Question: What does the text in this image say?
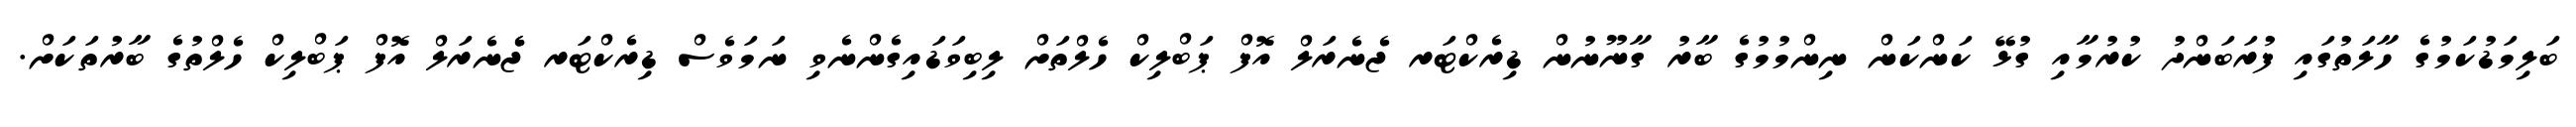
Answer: ބަލިމަޑުކަމުގެ ހާލަތުގައި ފުރަބަންދު ކުރުމާއި ގުޅޭ ކަންކަން ނިންމުމުގެ ބާރު ގާނޫނުން ޑިރެކްޓަރ ޖެނެރަލް އޮފް ޕަބްލިކް ހެލްތަށް ލިބިވަޑައިގެންނެވި ނަމަވެސް ޑިރެކްޓަރ ޖެެނެރަލް އޮފް ޕަބްލިކް ހެލްތުގެ ބާރުތަކަށް.